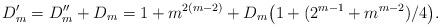
LaTeX: \begin{align*}D_m'=D_m''+D_m=1+m^{2(m-2)}+D_m\big(1+(2^{m-1}+m^{m-2})/4\big).\end{align*}